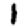
Digit: 1